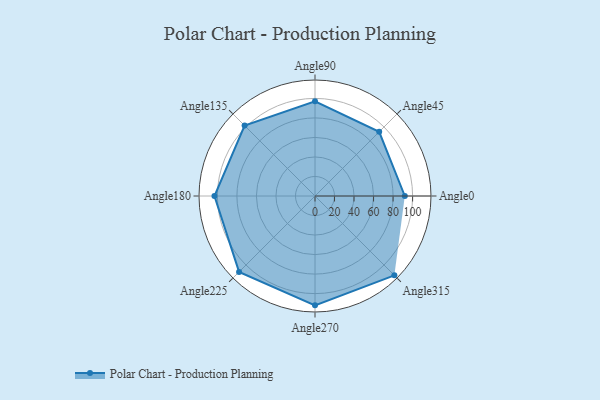
{"axis": {"x": "Angle", "y": "Radius"}, "legend": [""], "data": [{"x": "Angle0", "y": 92.0, "type": ""}, {"x": "Angle45", "y": 93.0, "type": ""}, {"x": "Angle90", "y": 97.0, "type": ""}, {"x": "Angle135", "y": 102.0, "type": ""}, {"x": "Angle180", "y": 103.0, "type": ""}, {"x": "Angle225", "y": 110.0, "type": ""}, {"x": "Angle270", "y": 112.0, "type": ""}, {"x": "Angle315", "y": 115.0, "type": ""}]}